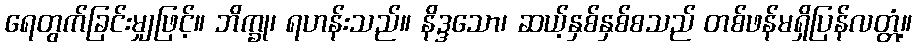
ရေတွက်ခြင်းမျှဖြင့်။ ဘိက္ခု၊ ရဟန်းသည်။ နိဒ္ဒသော၊ ဆယ့်နှစ်နှစ်စသည် တစ်ဖန်မရှိပြန်လတ္တံ့။